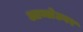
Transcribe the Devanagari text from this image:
आम्लेटवर